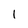
Character: 1